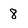
Character: 8